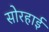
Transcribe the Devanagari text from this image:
सोरहाई